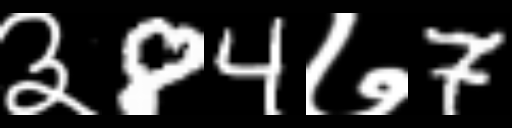
Text: ३84७7